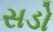
સડો